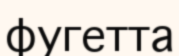
фугетта